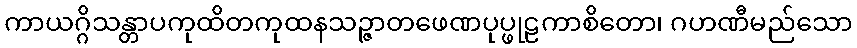
ကာယဂ္ဂိသန္တာပကုထိတကုထနသဉ္ဇာတဖေဏပုပ္ဖုဠကာစိတော၊ ဂဟဏီမည်သော